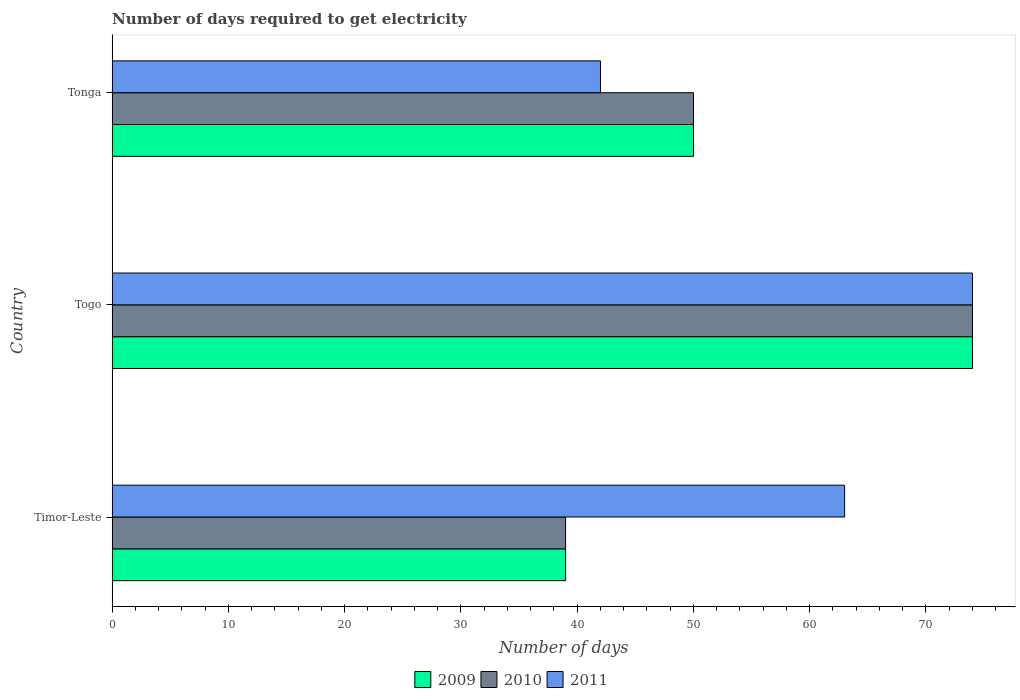
| Country | 2009 | 2010 | 2011 |
 | --- | --- | --- | --- |
 | Timor-Leste | 39 | 39 | 63 |
 | Togo | 74 | 74 | 74 |
 | Tonga | 50 | 50 | 42 |